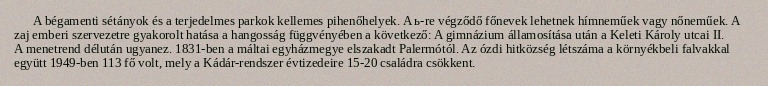
A bégamenti sétányok és a terjedelmes parkok kellemes pihenőhelyek. A ь-re végződő főnevek lehetnek hímneműek vagy nőneműek. A zaj emberi szervezetre gyakorolt hatása a hangosság függvényében a következő: A gimnázium államosítása után a Keleti Károly utcai II. A menetrend délután ugyanez. 1831-ben a máltai egyházmegye elszakadt Palermótól. Az ózdi hitközség létszáma a környékbeli falvakkal együtt 1949-ben 113 fő volt, mely a Kádár-rendszer évtizedeire 15-20 családra csökkent.